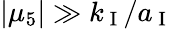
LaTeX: |\mu_{5}|\gg k_{\mathrm{~I~}}/a_{\mathrm{~I~}}